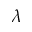
\lambda